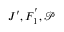
J ^ { \prime } , F _ { 1 } ^ { ' } , \mathcal { P }